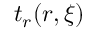
t _ { r } ( \boldsymbol { r } , \boldsymbol { \xi } )